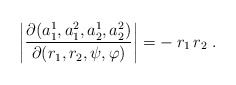
\begin{align*}\left| \frac{\partial(a_1^1, a_1^2, a_2^1, a_2^2)} {\partial (r_1, r_2, \psi, \varphi)} \right| = -\: r_1 \, r_2 \; . \end{align*}